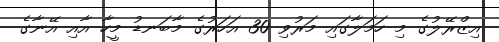
އިޒްރޭލުގެ މި ހަމަލާގައި މަރުވި 30 އަހަރުގެ މާބަނޑު މީހާ އާއި އޭނާގެ